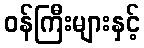
ဝန်ကြီးများနှင့်